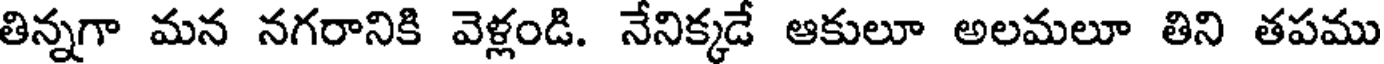
తిన్నగా మన నగరానికి వెళ్లండి. నేనిక్కడే ఆకులూ అలమలూ తిని తపము